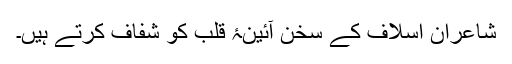
شاعرانِ اسلاف کے سُخن آئینۂ قلب کو شفّاف کرتے ہیں۔